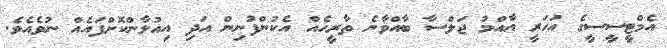
އެމްޓީސީސީގެ އަހަަރީ އާއްމު ޖަލްސާ ބާއްވާނެ ތާރީހެއް އެކުންފުނިން އަދި އިއުލާންކޮށްފައެއް ނުވެއެވެ.